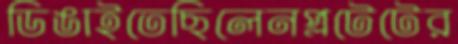
ডিঙাইতেছিলেনপ্লটেটের